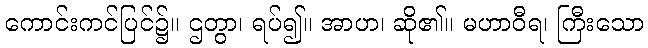
ကောင်းကင်ပြင်၌။ ဌတွာ၊ ရပ်၍။ အာဟ၊ ဆို၏။ မဟာဝီရ၊ ကြီးသော